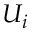
U _ { i }